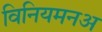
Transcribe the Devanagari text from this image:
विनियमनअ